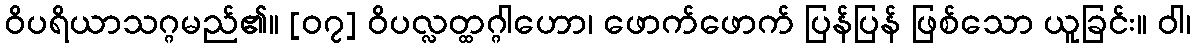
ဝိပရိယာသဂ္ဂမည်၏။ [၀၇] ဝိပလ္လတ္ထဂ္ဂါဟော၊ ဖောက်ဖောက် ပြန်ပြန် ဖြစ်သော ယူခြင်း။ ဝါ၊